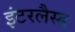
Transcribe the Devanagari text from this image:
इंटरलैस्ड